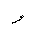
Letter: _waw